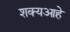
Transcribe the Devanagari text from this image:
शक्यआहे